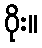
ဝိုး။